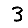
Digit: 3